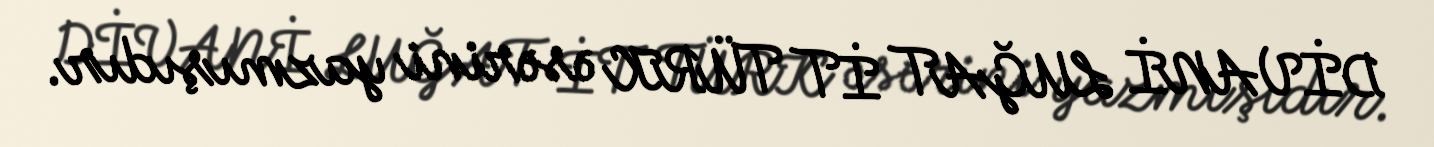
DİVANİ LUĞAT İT TÜRK əsərini yazmışıdır.